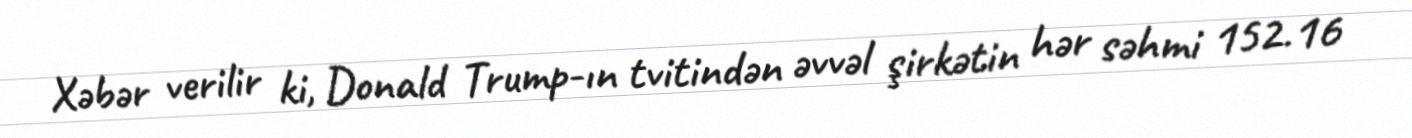
Xəbər verilir ki, Donald Trump-ın tvitindən əvvəl şirkətin hər səhmi 152.16